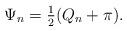
LaTeX: \begin{align*}\Psi_n=\tfrac{1}{2}(Q_n+\pi).\end{align*}